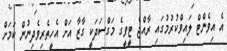
އެ އިވެންޓް ލައިވްކުރުމުގައި ރާއްޖެ ޓީވީގެ މަގްސަދަކީ ގާޒާ އަށް އެހީތެރިވެދިނުން ކަމަށް